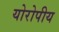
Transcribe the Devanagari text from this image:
योरोपीय